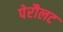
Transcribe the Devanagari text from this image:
पेरौलट